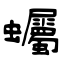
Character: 蠾